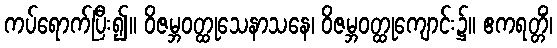
ကပ်ရောက်ပြီး၍။ ဝိဇမ္ဘဝတ္ထုသေနာသနေ၊ ဝိဇမ္ဘဝတ္ထုကျောင်း၌။ ဧကရတ္တိံ၊